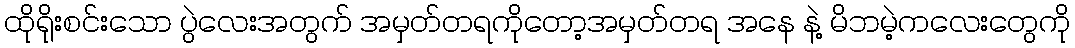
ထိုရိုးစင်းသော ပွဲလေးအတွက် အမှတ်တရကိုတော့အမှတ်တရ အနေ နဲ့ မိဘမဲ့ကလေးတွေကို